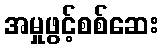
အမှုဖွင့်စစ်ဆေး